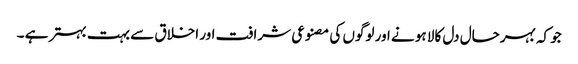
جو کہ بہرحال دل کالا ہو نے اور لوگوں کی مصنوعی شرافت اور اخلاق سے بہت بہتر ہے ۔